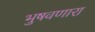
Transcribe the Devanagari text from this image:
भुषवणारा